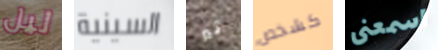
ليل السينية تير كشخص اسمعنى